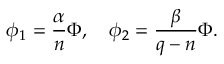
\phi _ { 1 } = \frac { \alpha } { n } \Phi , ~ ~ ~ \phi _ { 2 } = \frac { \beta } { q - n } \Phi .